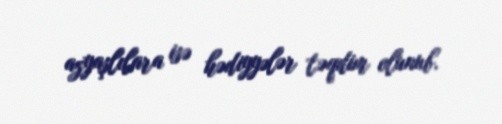
azyaşlılara isə hədiyyələr təqdim olunub.